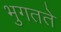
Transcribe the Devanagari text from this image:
भुगतते